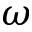
\omega